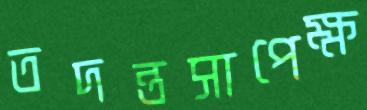
তদন্তসাপেক্ষ